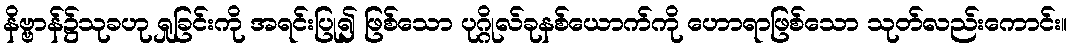
နိဗ္ဗာန်၌သုခဟု ရှုခြင်းကို အရင်းပြု၍ ဖြစ်သော ပုဂ္ဂိုလ်ခုနစ်ယောက်ကို ဟောရာဖြစ်သော သုတ်လည်းကောင်း။